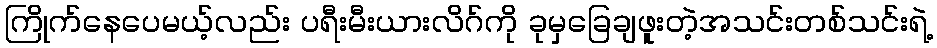
ကြိုက်နေပေမယ့်လည်း ပရီးမီးယားလိဂ်ကို ခုမှခြေချဖူးတဲ့အသင်းတစ်သင်းရဲ့